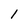
Character: 1